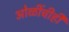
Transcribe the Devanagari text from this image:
ओळींचीही